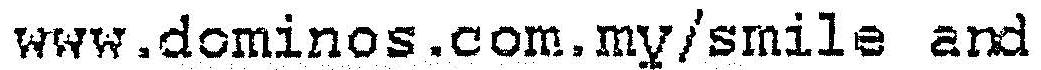
WWW.DOMINOS.COM.MY/SMILE AND